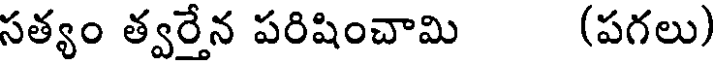
సత్యం త్వర్తేన పరిషించామి (పగలు)